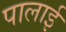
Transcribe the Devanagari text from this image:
पालाई